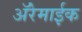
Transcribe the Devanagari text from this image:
अॅरेमाईक